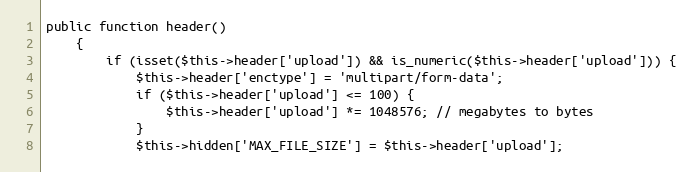
Language: PHP
public function header()
    {
        if (isset($this->header['upload']) && is_numeric($this->header['upload'])) {
            $this->header['enctype'] = 'multipart/form-data';
            if ($this->header['upload'] <= 100) {
                $this->header['upload'] *= 1048576; // megabytes to bytes
            }
            $this->hidden['MAX_FILE_SIZE'] = $this->header['upload'];